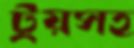
ট্রয়সহ